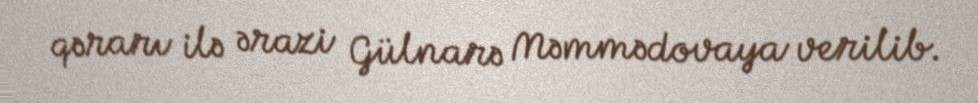
qərarı ilə ərazi Gülnarə Məmmədovaya verilib.